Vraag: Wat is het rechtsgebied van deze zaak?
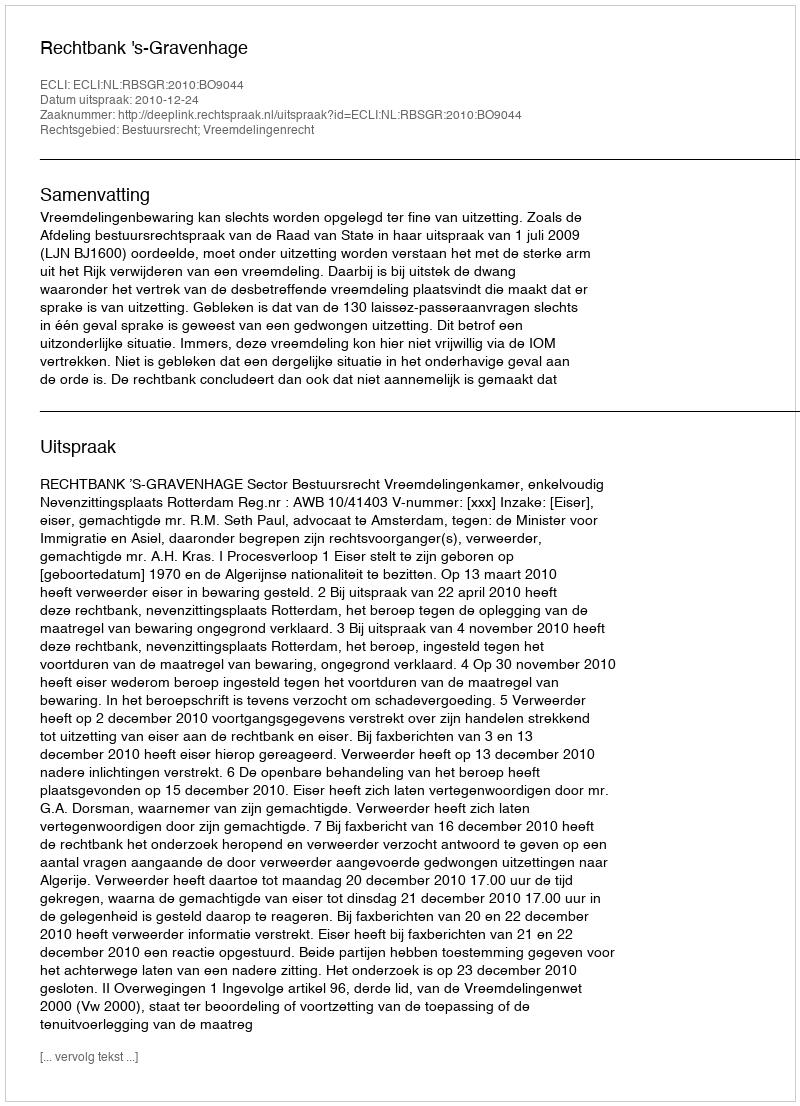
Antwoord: Bestuursrecht; Vreemdelingenrecht